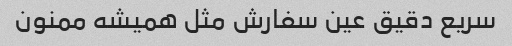
سریع دقیق عین سفارش مثل همیشه ممنون